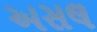
અસલ